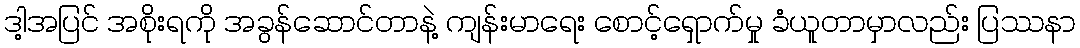
ဒါ့အပြင် အစိုးရကို အခွန်ဆောင်တာနဲ့ ကျန်းမာရေး စောင့်ရှောက်မှု ခံယူတာမှာလည်း ပြဿနာ